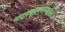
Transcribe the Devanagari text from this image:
नाट्यव्यवसायातील